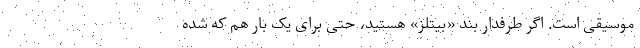
موسیقی است. اگر طرفدار بند «بیتلز» هستید، حتی برای یک بار هم که شده